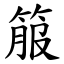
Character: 箙